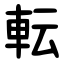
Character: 転